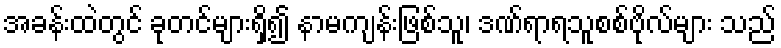
အခန်းထဲတွင် ခုတင်များရှိ၍ နာမကျန်းဖြစ်သူ၊ ဒဏ်ရာရသူစစ်ဗိုလ်များ သည်